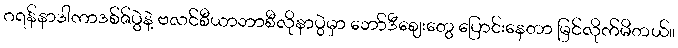
ဂရန်နာဒါကာဒစ်ဇ်ပွဲနဲ့ ဗလင်စီယာဘာစီလိုနာပွဲမှာ ဘော်ဒီဈေးတွေ ပြောင်းနေတာ မြင်လိုက်မိတယ်။